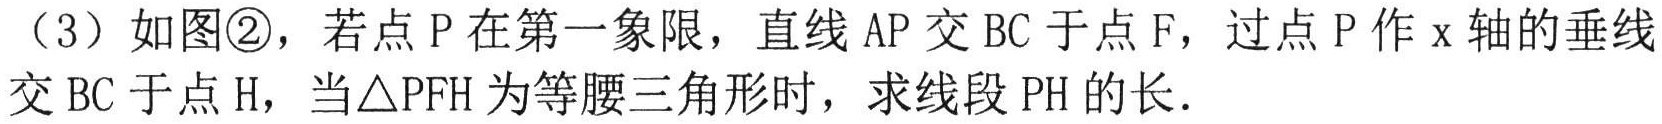
（3）如图\textcircled{2}，若点\(P\)在第一象限，直线\(AP\)交\(BC\)于点\(F\)，过点\(P\)作\(x\)轴的垂线
交\(BC\)于点\(H\)，当\(\triangle PFH\)为等腰三角形时，求线段\(PH\)的长．